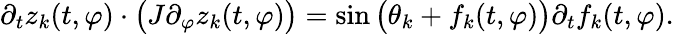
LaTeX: \partial_{t}z_{k}(t,\varphi)\cdot\big(J\partial_{\varphi}z_{k}(t,\varphi)\big)=\sin\big(\theta_{k}+f_{k}(t,\varphi)\big)\partial_{t}f_{k}(t,\varphi).